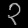
Digit: ၃